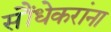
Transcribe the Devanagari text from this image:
सौंधेकरांना